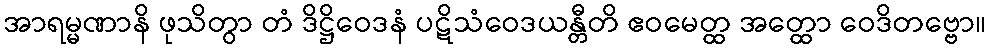
အာရမ္မဏာနိ ဖုသိတွာ တံ ဒိဋ္ဌိဝေဒနံ ပဋိသံဝေဒယန္တီတိ ဧဝမေတ္ထ အတ္ထော ဝေဒိတဗ္ဗော။